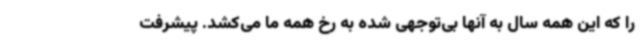
را که این همه سال به آنها بی‌توجهی شده به رخ همه ما می‌کشد. پیشرفت